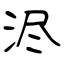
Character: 浕